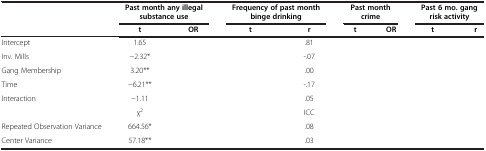
<table><thead><tr><td>[EMPTY_CELL]</td><td colspan="2"><b>Past month any illegal substance use</b></td><td colspan="2"><b>Frequency of past month binge drinking</b></td><td colspan="2"><b>Past month crime</b></td><td colspan="2"><b>Past 6 mo. gang risk activity</b></td></tr><tr><td>[EMPTY_CELL]</td><td><b>t</b></td><td><b>OR</b></td><td><b>t</b></td><td><b>r</b></td><td><b>t</b></td><td><b>OR</b></td><td><b>t</b></td><td><b>r</b></td></tr></thead><tbody><tr><td>Intercept</td><td>1.65</td><td>[EMPTY_CELL]</td><td>[EMPTY_CELL]</td><td>.81</td><td>[EMPTY_CELL]</td><td>[EMPTY_CELL]</td><td>[EMPTY_CELL]</td><td>[EMPTY_CELL]</td></tr><tr><td>Inv. Mills</td><td>−2.32*</td><td>[EMPTY_CELL]</td><td>[EMPTY_CELL]</td><td>-.07</td><td>[EMPTY_CELL]</td><td>[EMPTY_CELL]</td><td>[EMPTY_CELL]</td><td>[EMPTY_CELL]</td></tr><tr><td>Gang Membership</td><td>3.20**</td><td>[EMPTY_CELL]</td><td>[EMPTY_CELL]</td><td>.00</td><td>[EMPTY_CELL]</td><td>[EMPTY_CELL]</td><td>[EMPTY_CELL]</td><td>[EMPTY_CELL]</td></tr><tr><td>Time</td><td>−6.21**</td><td>[EMPTY_CELL]</td><td>[EMPTY_CELL]</td><td>-.17</td><td>[EMPTY_CELL]</td><td>[EMPTY_CELL]</td><td>[EMPTY_CELL]</td><td>[EMPTY_CELL]</td></tr><tr><td>Interaction</td><td>−1.11</td><td>[EMPTY_CELL]</td><td>[EMPTY_CELL]</td><td>.05</td><td>[EMPTY_CELL]</td><td>[EMPTY_CELL]</td><td>[EMPTY_CELL]</td><td>[EMPTY_CELL]</td></tr><tr><td>[EMPTY_CELL]</td><td>χ<sup>2</sup></td><td>[EMPTY_CELL]</td><td>[EMPTY_CELL]</td><td>ICC</td><td>[EMPTY_CELL]</td><td>[EMPTY_CELL]</td><td>[EMPTY_CELL]</td><td>[EMPTY_CELL]</td></tr><tr><td>Repeated Observation Variance</td><td>664.56*</td><td>[EMPTY_CELL]</td><td>[EMPTY_CELL]</td><td>.08</td><td>[EMPTY_CELL]</td><td>[EMPTY_CELL]</td><td>[EMPTY_CELL]</td><td>[EMPTY_CELL]</td></tr><tr><td>Center Variance</td><td>57.18**</td><td>[EMPTY_CELL]</td><td>[EMPTY_CELL]</td><td>.03</td><td>[EMPTY_CELL]</td><td>[EMPTY_CELL]</td><td>[EMPTY_CELL]</td><td>[EMPTY_CELL]</td></tr></tbody></table>